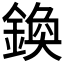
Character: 𨩉